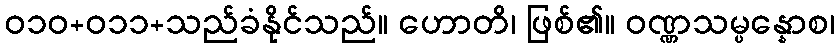
ဝ၁၀+၀၁၁+သည်ခံနိုင်သည်။ ဟောတိ၊ ဖြစ်၏။ ဝဏ္ဏသမ္ပန္နောစ၊